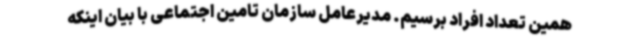
همین تعداد افراد برسیم. مدیرعامل سازمان تامین اجتماعی با بیان اینکه